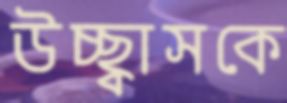
উচ্ছ্বাসকে